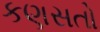
કણસતો